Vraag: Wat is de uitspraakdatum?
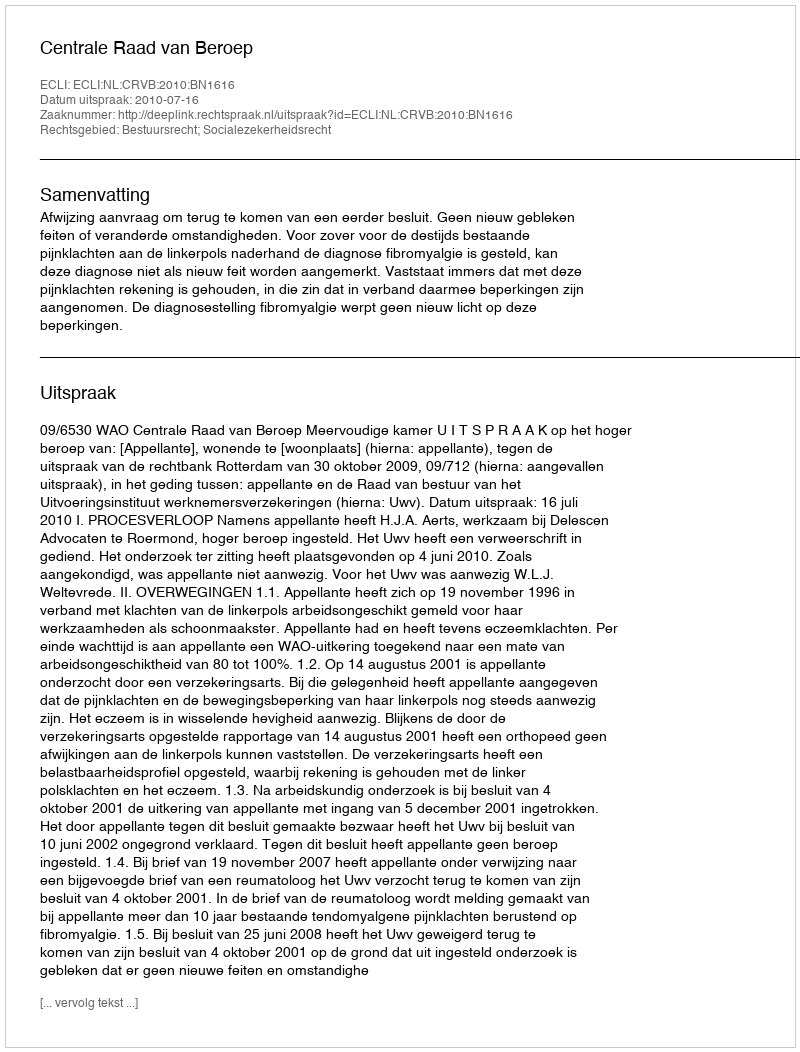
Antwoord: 2010-07-16